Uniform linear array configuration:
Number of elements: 8
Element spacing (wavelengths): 0.5
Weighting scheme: hann
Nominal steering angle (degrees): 15
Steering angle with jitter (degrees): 13.715
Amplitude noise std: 0.05
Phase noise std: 0.05

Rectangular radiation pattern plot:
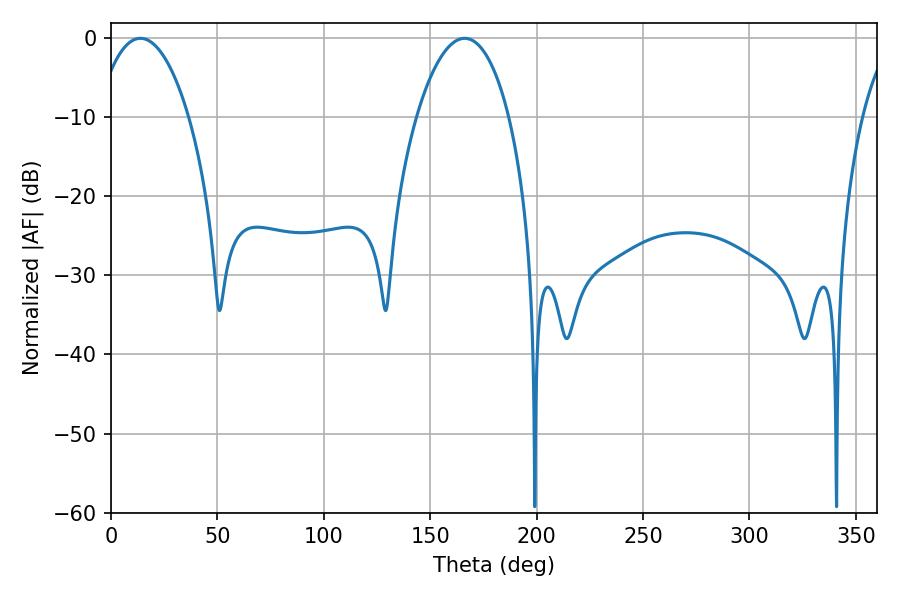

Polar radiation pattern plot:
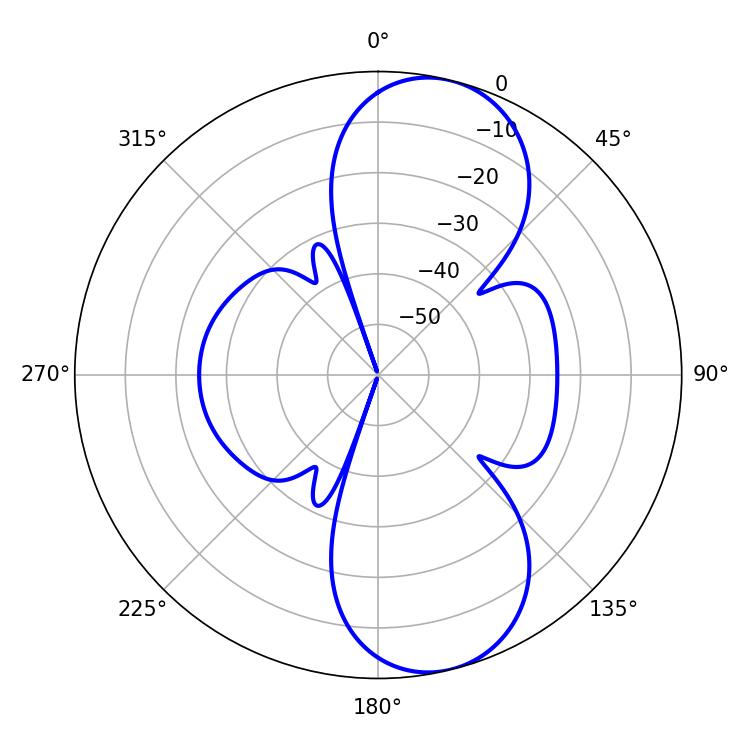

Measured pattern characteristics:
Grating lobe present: FALSE
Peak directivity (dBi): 9.571
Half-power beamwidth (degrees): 24.3
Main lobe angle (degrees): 13.86